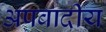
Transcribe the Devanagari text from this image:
अपवादीय